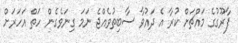
ފާރޫގުގެ މައްޗަށް ކުރާ އެ ދައުވާ ސާބިތުވެއްޖެ ނަމަ ގިނަވެގެން ހަތް އަހަރަށް